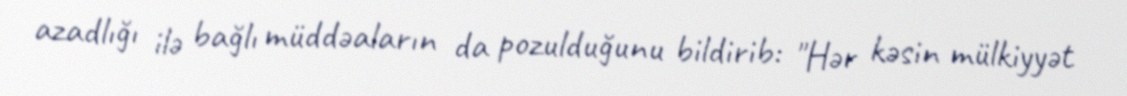
azadlığı ilə bağlı müddəaların da pozulduğunu bildirib: "Hər kəsin mülkiyyət